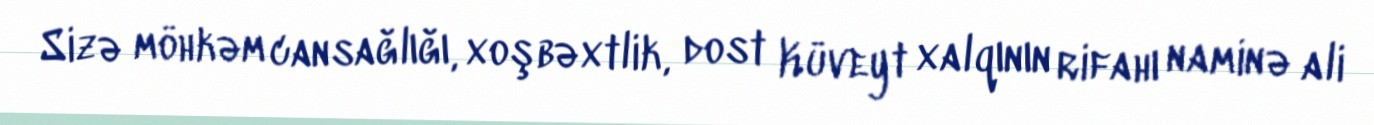
Sizə möhkəm cansağlığı, xoşbəxtlik, dost Küveyt xalqının rifahı naminə ali